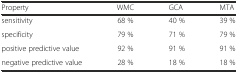
| Property | WMC | GCA | MTA |
 | --- | --- | --- | --- |
 | sensitivity | 68 % | 40 % | 39 % |
 | specificity | 79 % | 71 % | 79 % |
 | positive predictive value | 92 % | 91 % | 91 % |
 | negative predictive value | 28 % | 18 % | 18 % |